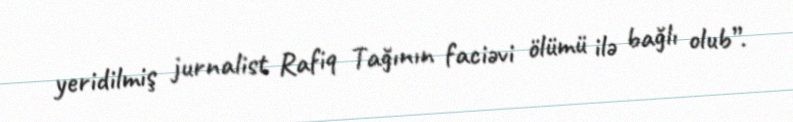
yeridilmiş jurnalist Rafiq Tağının faciəvi ölümü ilə bağlı olub”.